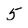
Character: 5